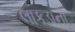
લાકડાનો